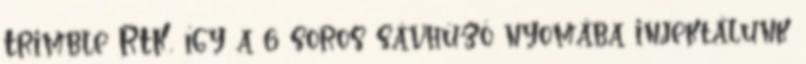
Trimble RTK, így a 6 soros sávhúzó nyomába injektálunk